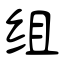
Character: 组